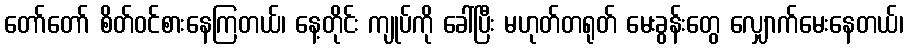
တော်တော် စိတ်ဝင်စားနေကြတယ်၊ နေ့တိုင်း ကျုပ်ကို ခေါ်ပြီး မဟုတ်တရုတ် မေးခွန်းတွေ လျှောက်မေးနေတယ်၊